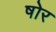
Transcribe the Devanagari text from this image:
षोर